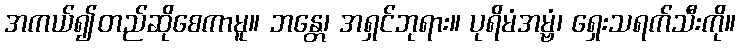
အကယ်၍တည်ဆိုစေကာမူ။ ဘန္တေ၊ အရှင်ဘုရား။ ပုရိမံအမ္ဗံ၊ ရှေးသရက်သီးကို။